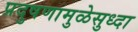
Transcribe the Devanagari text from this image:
प्रदुषणामुळेसुध्दा